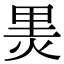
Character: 𭴬